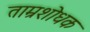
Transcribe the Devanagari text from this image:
ताम्रशोधक